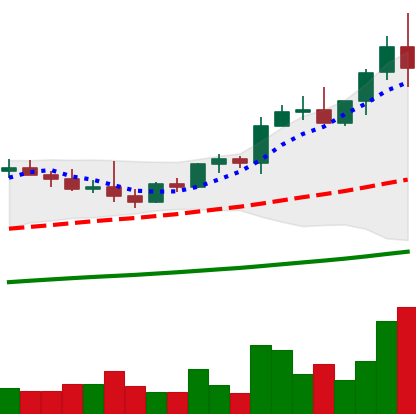
Ticker: NEO-USD
Chart end date: 2021-04-07
Forward return: 8.197%
Label: up_7plus